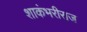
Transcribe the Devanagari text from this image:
शाकंभरीराज